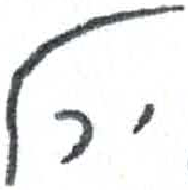
אות: ל